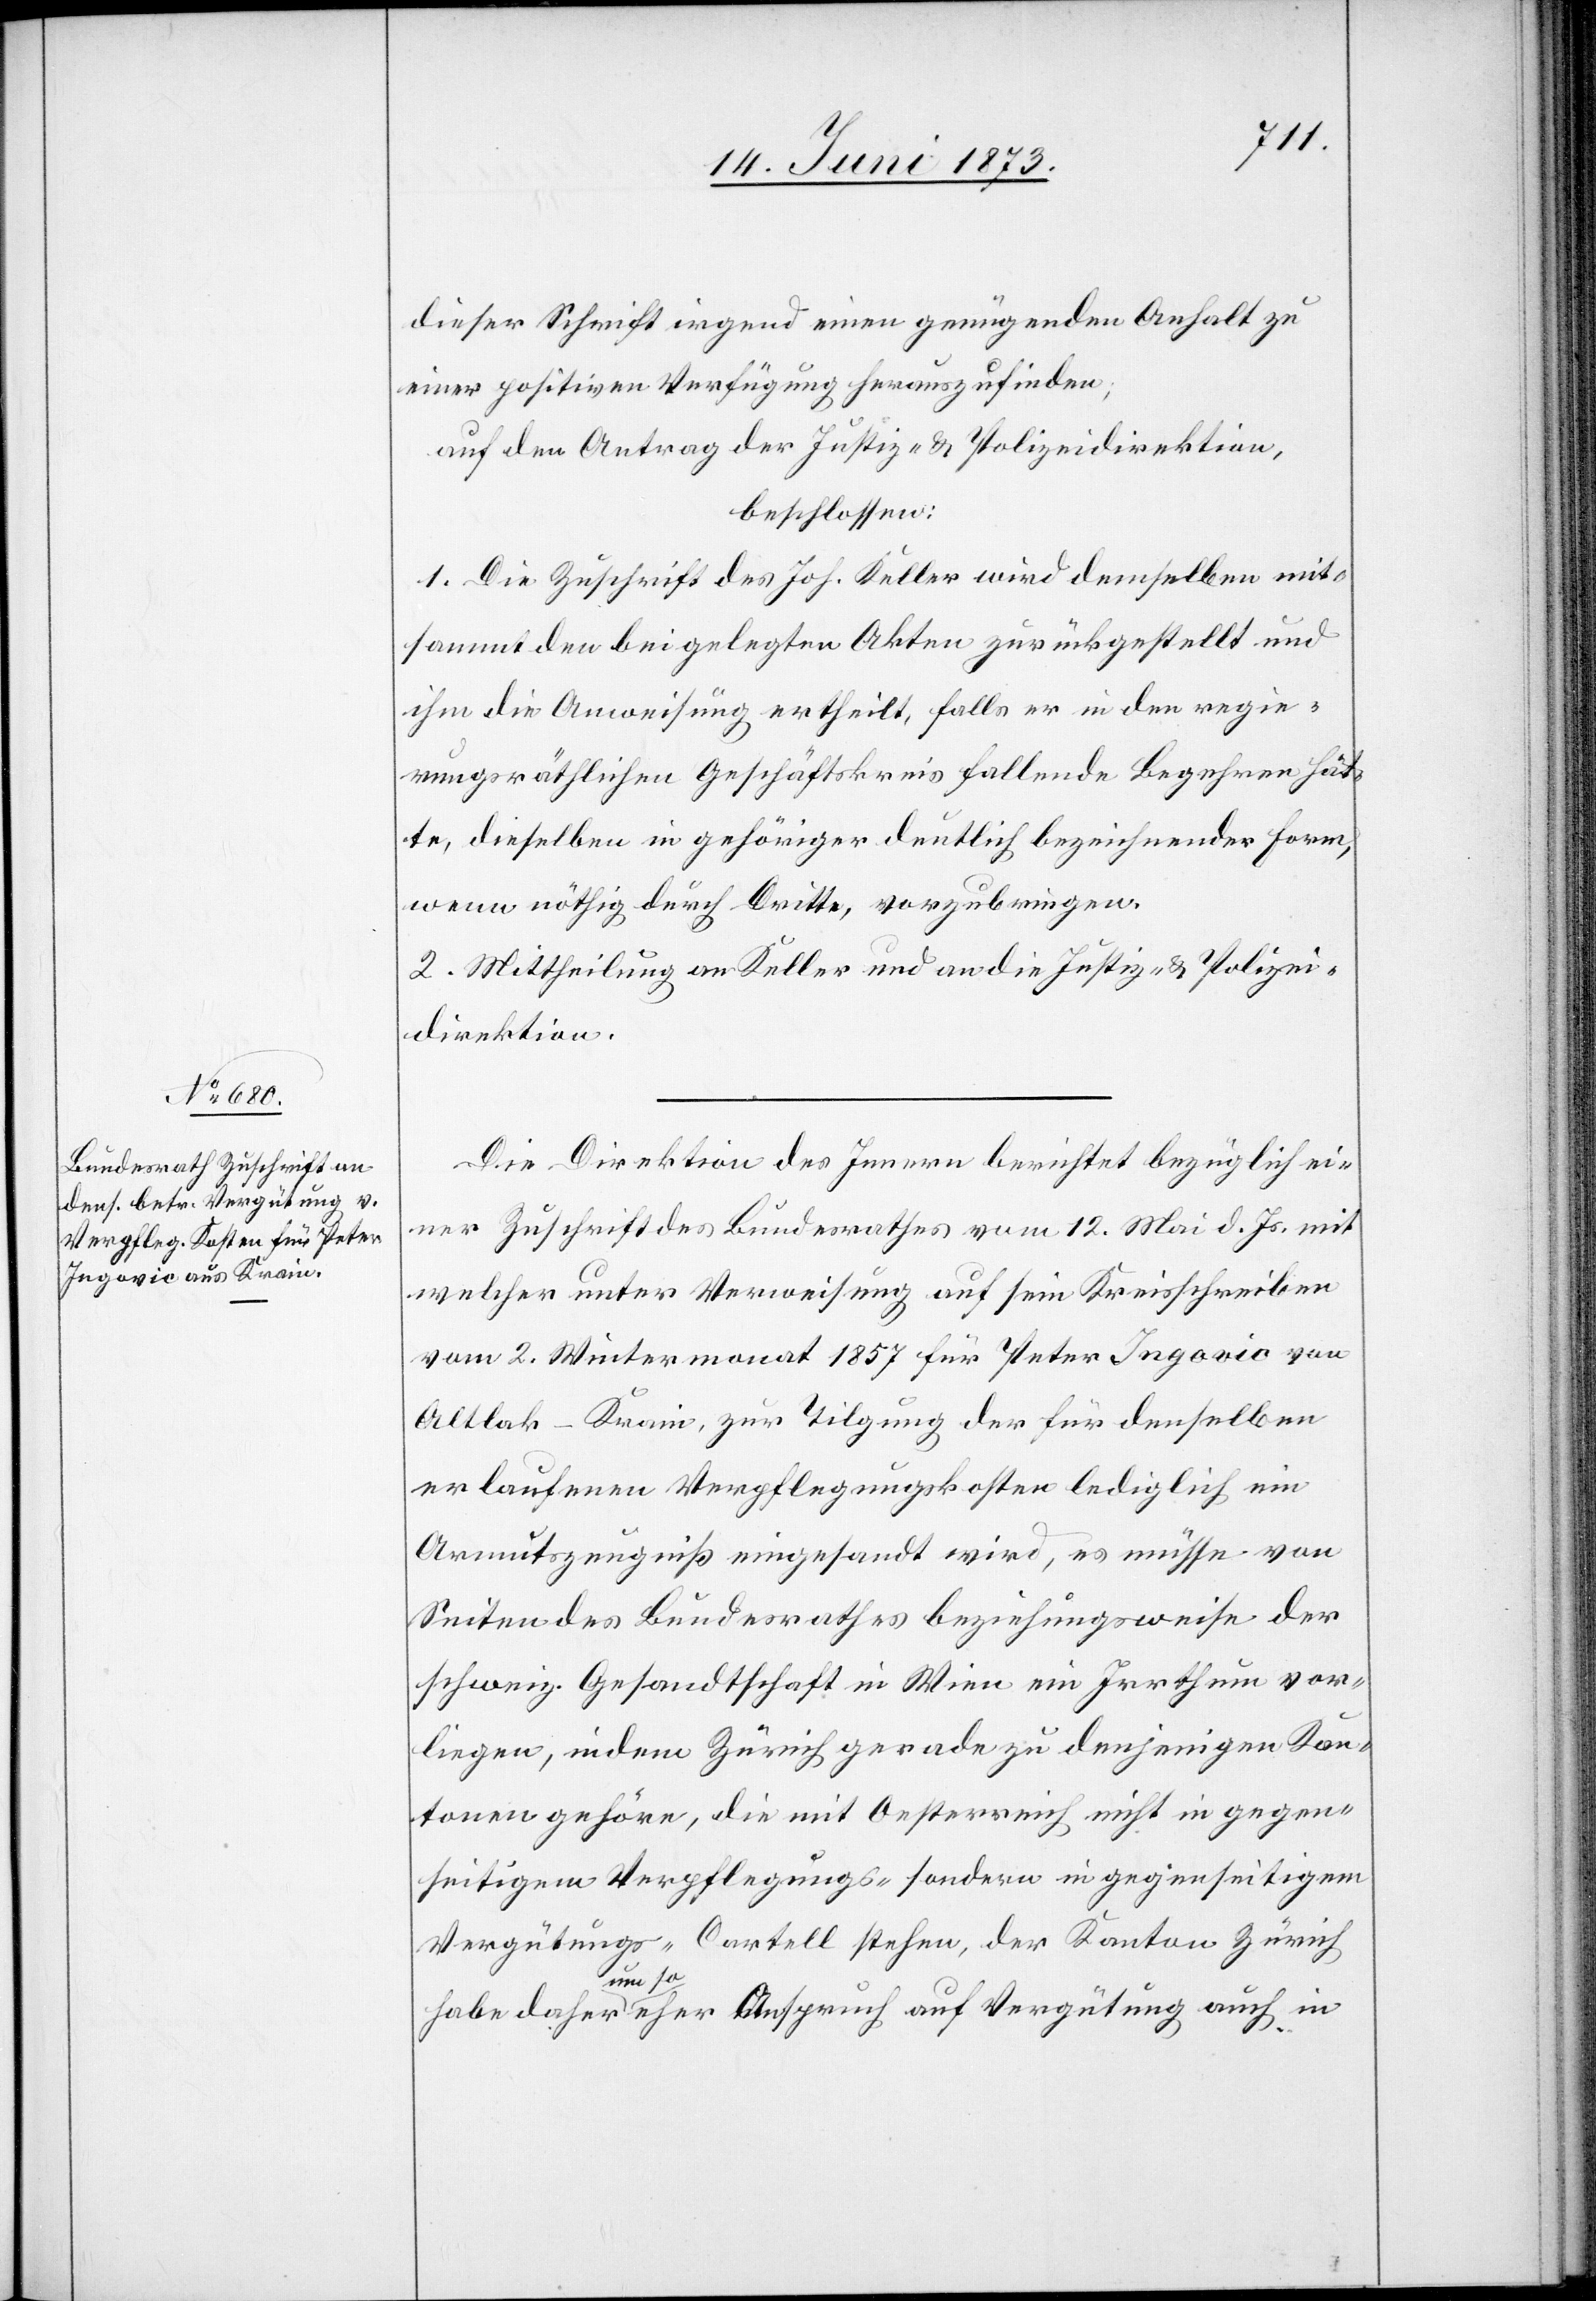
dieser Schrift irgend einen genügenden Anhalt zu
einer positiven Verfügung herauszufinden;
auf den Antrag der Justiz- & Polizeidirektion,
beschlossen:
1. Die Zuschrift des Joh. Keller wird demselben mit¬
sammt den beigelegten Akten zurückgestellt und
ihm die Anweisung ertheilt, falls er in den regie¬
rungsräthlichen Geschäftskreis fallende Begehren hät¬
te, dieselben in gehöriger deutlich bezeichnender Form,
wenn nöthig durch Dritte, vorzubringen.
2. Mittheilung an Keller und an die Justiz- & Polizei¬
direktion.
Die Direktion des Innern berichtet bezüglich ei¬
ner Zuschrift des Bundesrathes vom 12. Mai d. Js. mit
welcher unter Verweisung auf sein Kreisschreiben
vom 2. Wintermonat 1857 für Peter Ingovic von
Altlak-Krain, zur Tilgung der für denselben
erlaufenen Verpflegungskosten lediglich ein
Armutszeugniß eingesandt wird, es müsse von
Seiten des Bundesrathes beziehungsweise der
schweiz. Gesandtschaft in Wien ein Irrthum vor¬
liegen, indem Zürich gerade zu denjenigen Kan¬
tonen gehöre, die mit Oesterreich nicht in gegen¬
seitigem Verpflegungs- sondern in gegenseitigem
Vergütungs-Cartell stehen, der Kanton Zürich
habe daher um so eher Anspruch auf Vergütung auch in